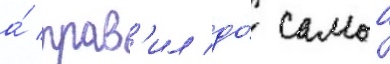
а́ прав'ил до́ самои